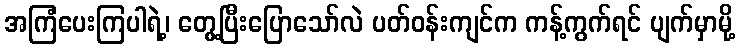
အကြံပေးကြပါရဲ့၊ တွေ့ပြီးပြောသော်လဲ ပတ်ဝန်းကျင်က ကန့်ကွက်ရင် ပျက်မှာမို့